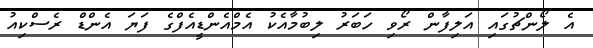
އެ ލޯންޗުގައި އަލިފާން ރޯވި ހަބަރު ލިބުމާއެކު އެމްއެންޑީއެފްގެ ފަޔަ އެންޑް ރެސްކިއު